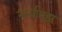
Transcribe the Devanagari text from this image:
नार्वाएझ